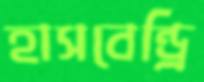
হাসবেন্ড্রি